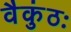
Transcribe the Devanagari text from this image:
वैकुंठः